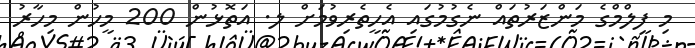
މި ފިލްމްގެ މަންޒަރުތައް ނެގުމުގައި އެހީތެރިވުމަށް ލ. އަތޮޅުން 200 މީހުން މިހާރު